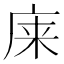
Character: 𫷬